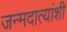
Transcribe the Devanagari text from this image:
जन्मदात्यांशी